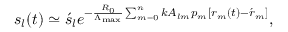
\begin{array} { r } { s _ { l } ( t ) \simeq \acute { s } _ { l } e ^ { - \frac { R _ { 0 } } { \Lambda _ { \mathrm { m a x } } } \sum _ { m = 0 } ^ { n } { k A _ { l m } p _ { m } [ r _ { m } ( t ) - \acute { r } _ { m } ] } } , } \end{array}